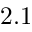
2 . 1